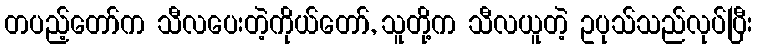
တပည့်တော်က သီလပေးတဲ့ကိုယ်တော်, သူတို့က သီလယူတဲ့ ဥပုသ်သည်လုပ်ပြီး